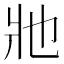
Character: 𤕮